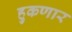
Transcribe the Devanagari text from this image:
हुकणार